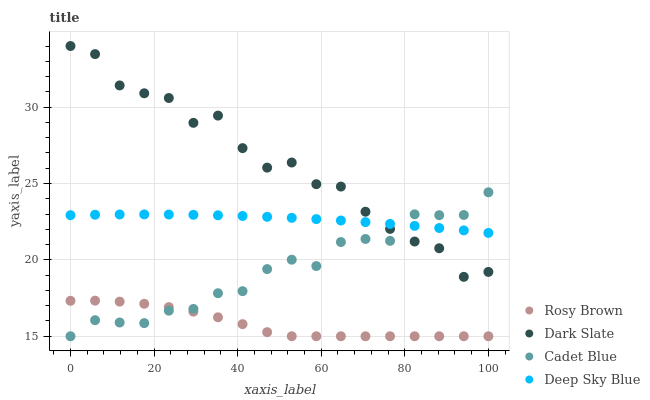
| xaxis_label | Rosy Brown | Dark Slate | Cadet Blue | Deep Sky Blue |
 | --- | --- | --- | --- | --- |
 | 0 | 17.3 | 34 | 15 | 22.9 |
 | 5.88 | 17.3 | 33.5 | 16.1 | 23 |
 | 11.8 | 17.3 | 31.4 | 15.9 | 23 |
 | 17.6 | 17.1 | 30.9 | 15.9 | 23 |
 | 23.5 | 16.9 | 30.6 | 16.7 | 23 |
 | 29.4 | 16.6 | 29 | 16.8 | 23 |
 | 35.3 | 16.2 | 29.4 | 17.8 | 22.9 |
 | 41.2 | 15.8 | 27.3 | 18 | 22.9 |
 | 47.1 | 15.3 | 26 | 19.4 | 22.8 |
 | 52.9 | 15 | 26.4 | 20 | 22.7 |
 | 58.8 | 15 | 25 | 19.6 | 22.7 |
 | 64.7 | 15 | 24.8 | 21.2 | 22.6 |
 | 70.6 | 15 | 23.2 | 21.4 | 22.5 |
 | 76.5 | 15 | 22 | 21.2 | 22.4 |
 | 82.4 | 15 | 21.2 | 23 | 22.2 |
 | 88.2 | 15 | 20.8 | 22.9 | 22.1 |
 | 94.1 | 15 | 18.9 | 22.9 | 21.9 |
 | 100 | 15 | 19.2 | 24.4 | 21.8 |